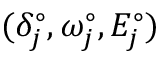
( \delta _ { j } ^ { \circ } , \omega _ { j } ^ { \circ } , E _ { j } ^ { \circ } )